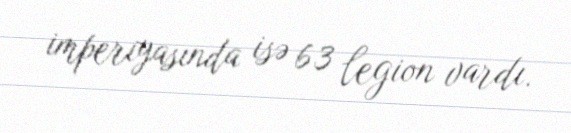
imperiyasında isə 63 legion vardı.